65_HS1-834228961_62-HQ-83894_Section_9
Agency: FBI
Page 143
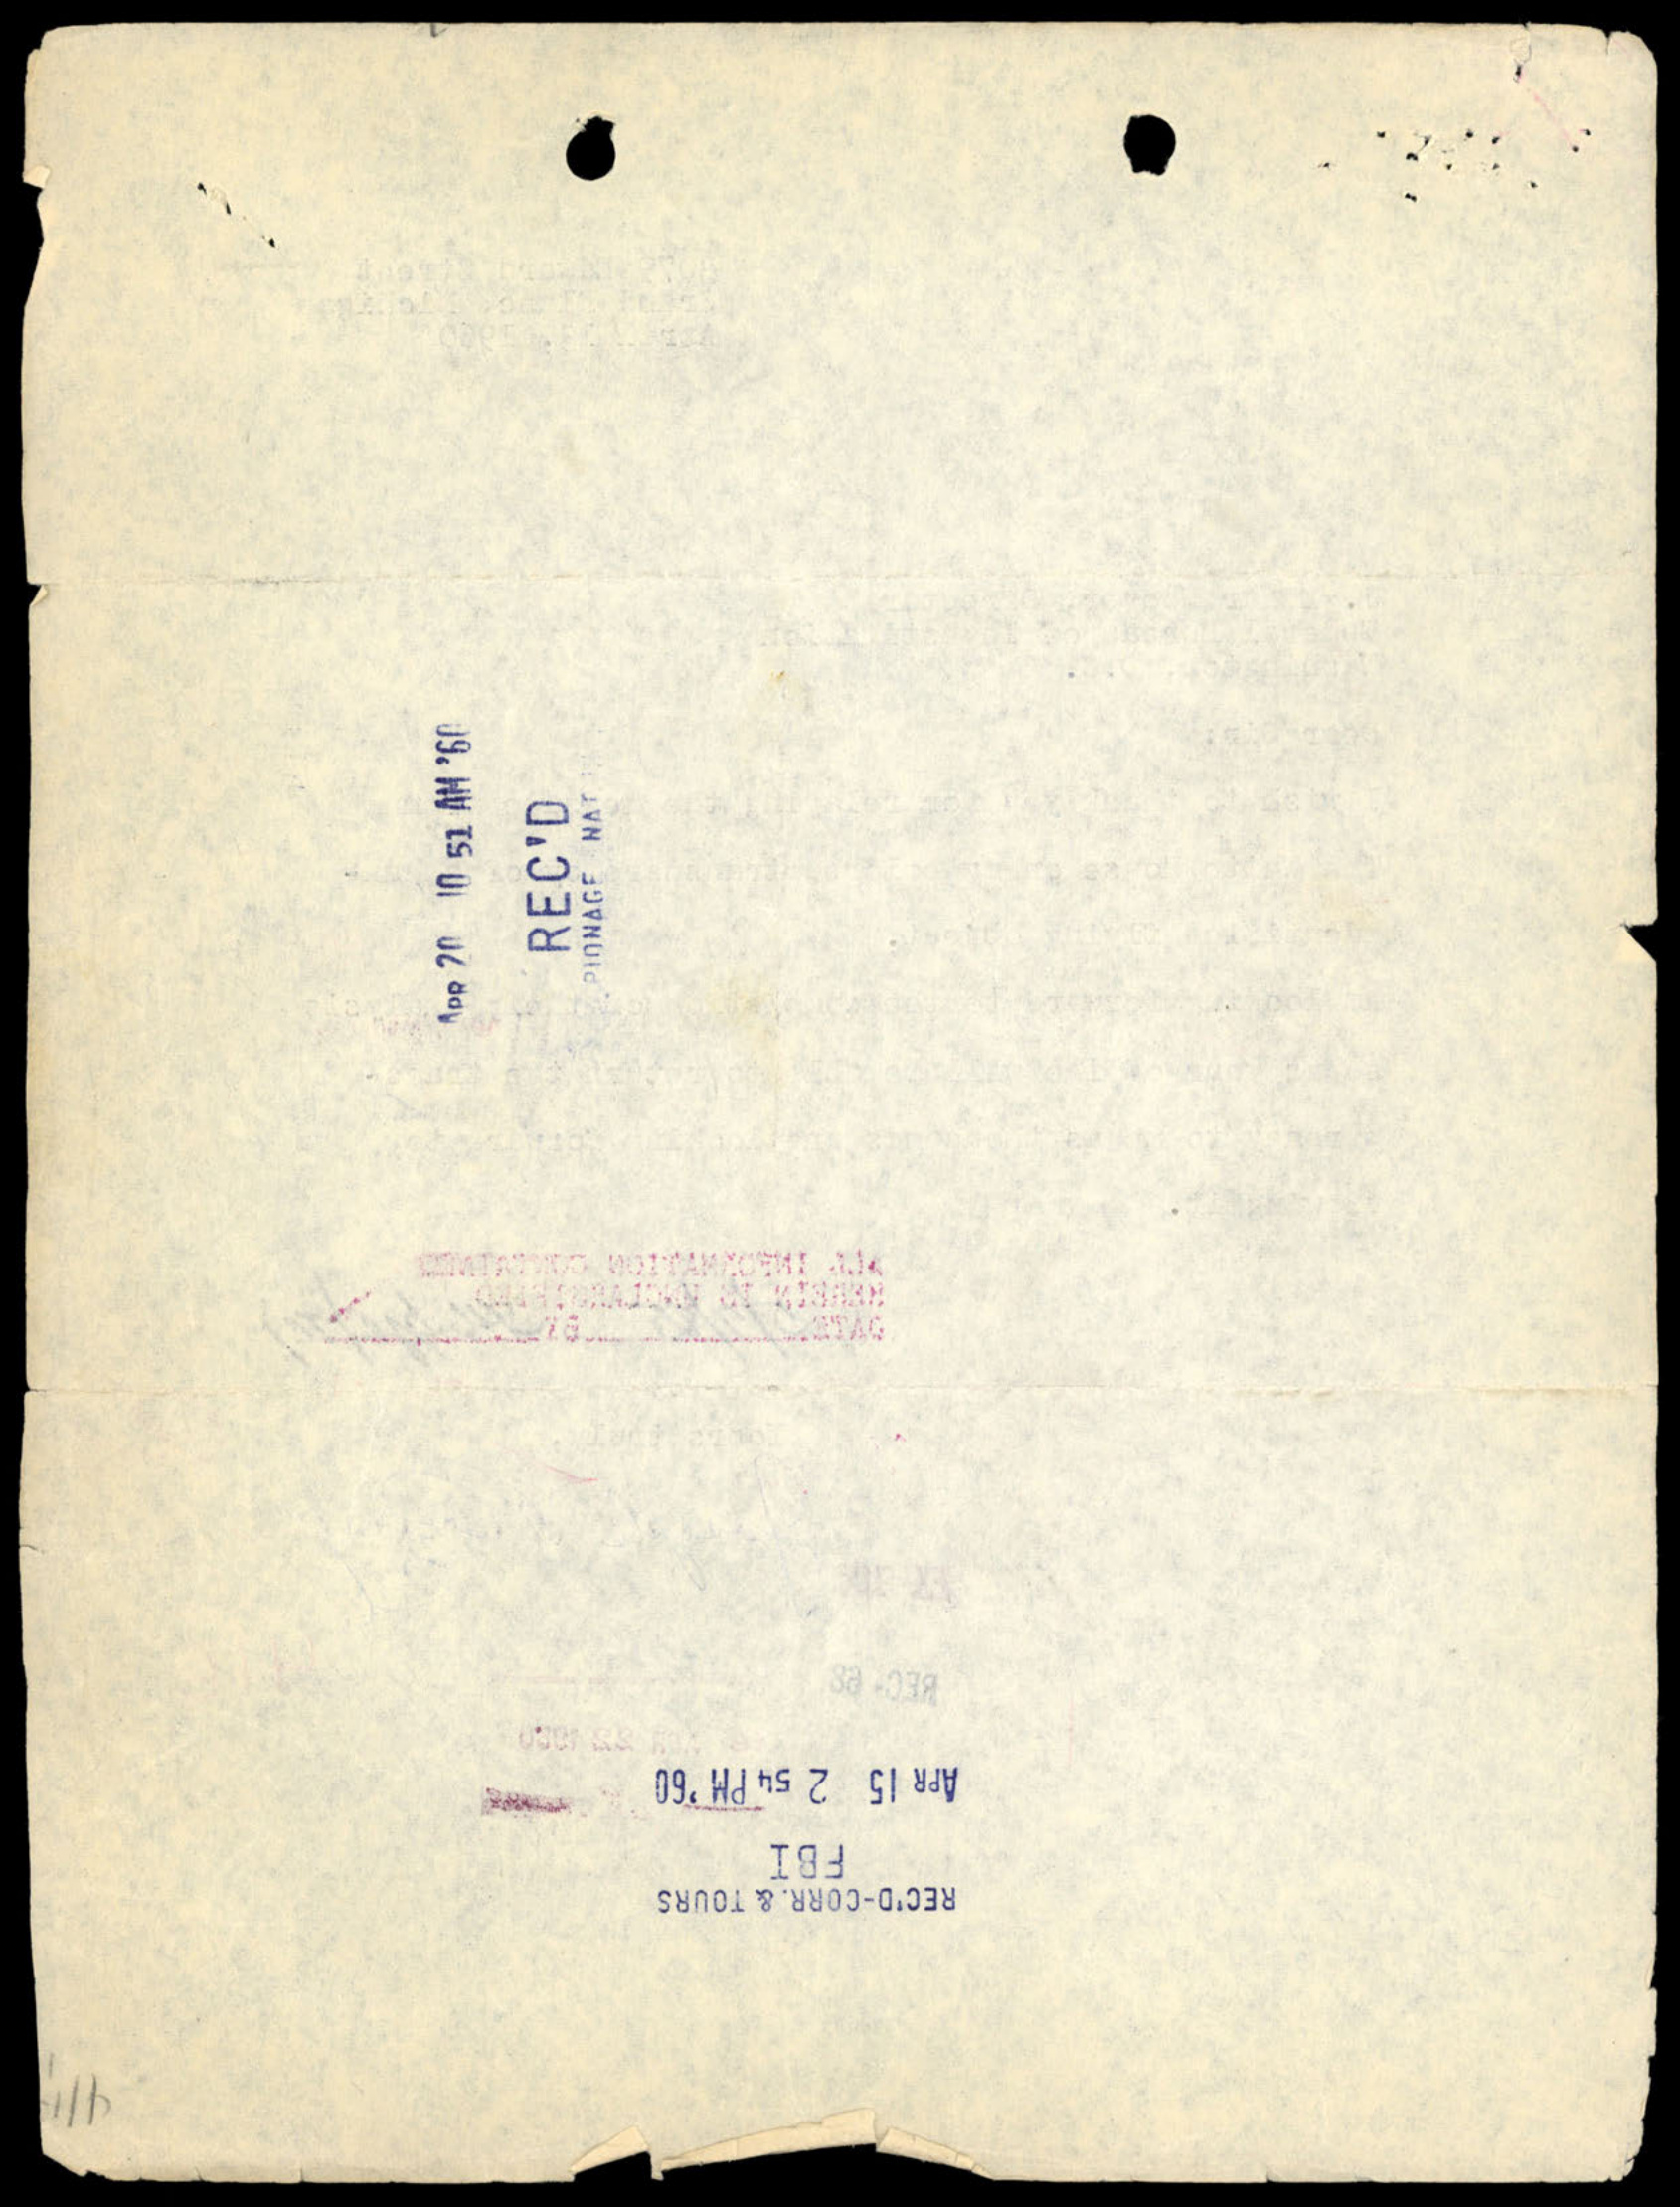